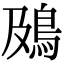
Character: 䲯